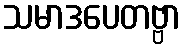
သမာဒပေတဗ္ဗာ